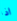
اذا